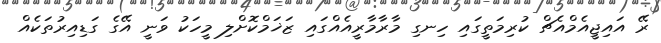
ރޭ އައިޖީއެމްއެޗް ކުރިމަތީގައި ހިނގި މާރާމާރީއެއްގައި ޒަޚަމްކޮށްލި މީހަކު ވަނީ އޭގެ ގަޑިއިރުތަކެއް